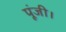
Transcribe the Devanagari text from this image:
पूंजी।